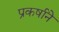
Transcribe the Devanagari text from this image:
प्रकर्षांने